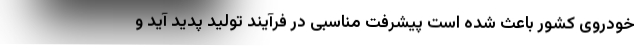
خودروی کشور باعث شده است پیشرفت مناسبی در فرآیند تولید پدید آید و